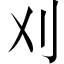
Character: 刈